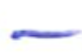
Text: -
Cross-out: single-line
Writing tool: ballpoint